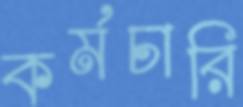
কর্মচারি